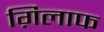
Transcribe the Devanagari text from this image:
ग़िलाफ